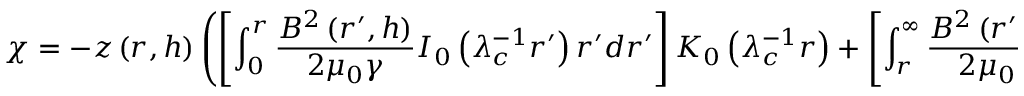
\chi = - z \left( r , h \right) \left( \left[ \int _ { 0 } ^ { r } \frac { B ^ { 2 } \left( r ^ { \prime } , h \right) } { 2 \mu _ { 0 } \gamma } I _ { 0 } \left( \lambda _ { c } ^ { - 1 } r ^ { \prime } \right) r ^ { \prime } d r ^ { \prime } \right] K _ { 0 } \left( \lambda _ { c } ^ { - 1 } r \right) + \left[ \int _ { r } ^ { \infty } \frac { B ^ { 2 } \left( r ^ { \prime } , h \right) } { 2 \mu _ { 0 } \gamma } K _ { 0 } \left( \lambda _ { c } ^ { - 1 } r ^ { \prime } \right) r ^ { \prime } d r ^ { \prime } \right] I _ { 0 } \left( \lambda _ { c } ^ { - 1 } r \right) \right) ^ { - 1 }